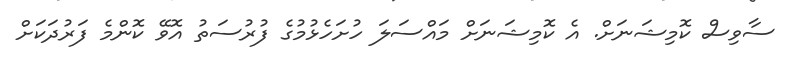
ސާވިސް ކޮމިޝަނަށް. އެ ކޮމިޝަނަށް މައްސަލަ ހުށަހެޅުމުގެ ފުރުސަތު އޮވޭ ކޮންމެ ފަރުދަކަށް